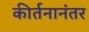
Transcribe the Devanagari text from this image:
कीर्तनानंतर